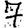
Digit: 7